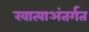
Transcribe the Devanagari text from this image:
खात्याअंतर्गत